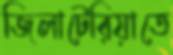
জিলাটেরিয়াতে